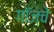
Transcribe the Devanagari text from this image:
गॉजचे